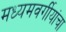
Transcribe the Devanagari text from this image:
मध्यमवर्गीयांचा